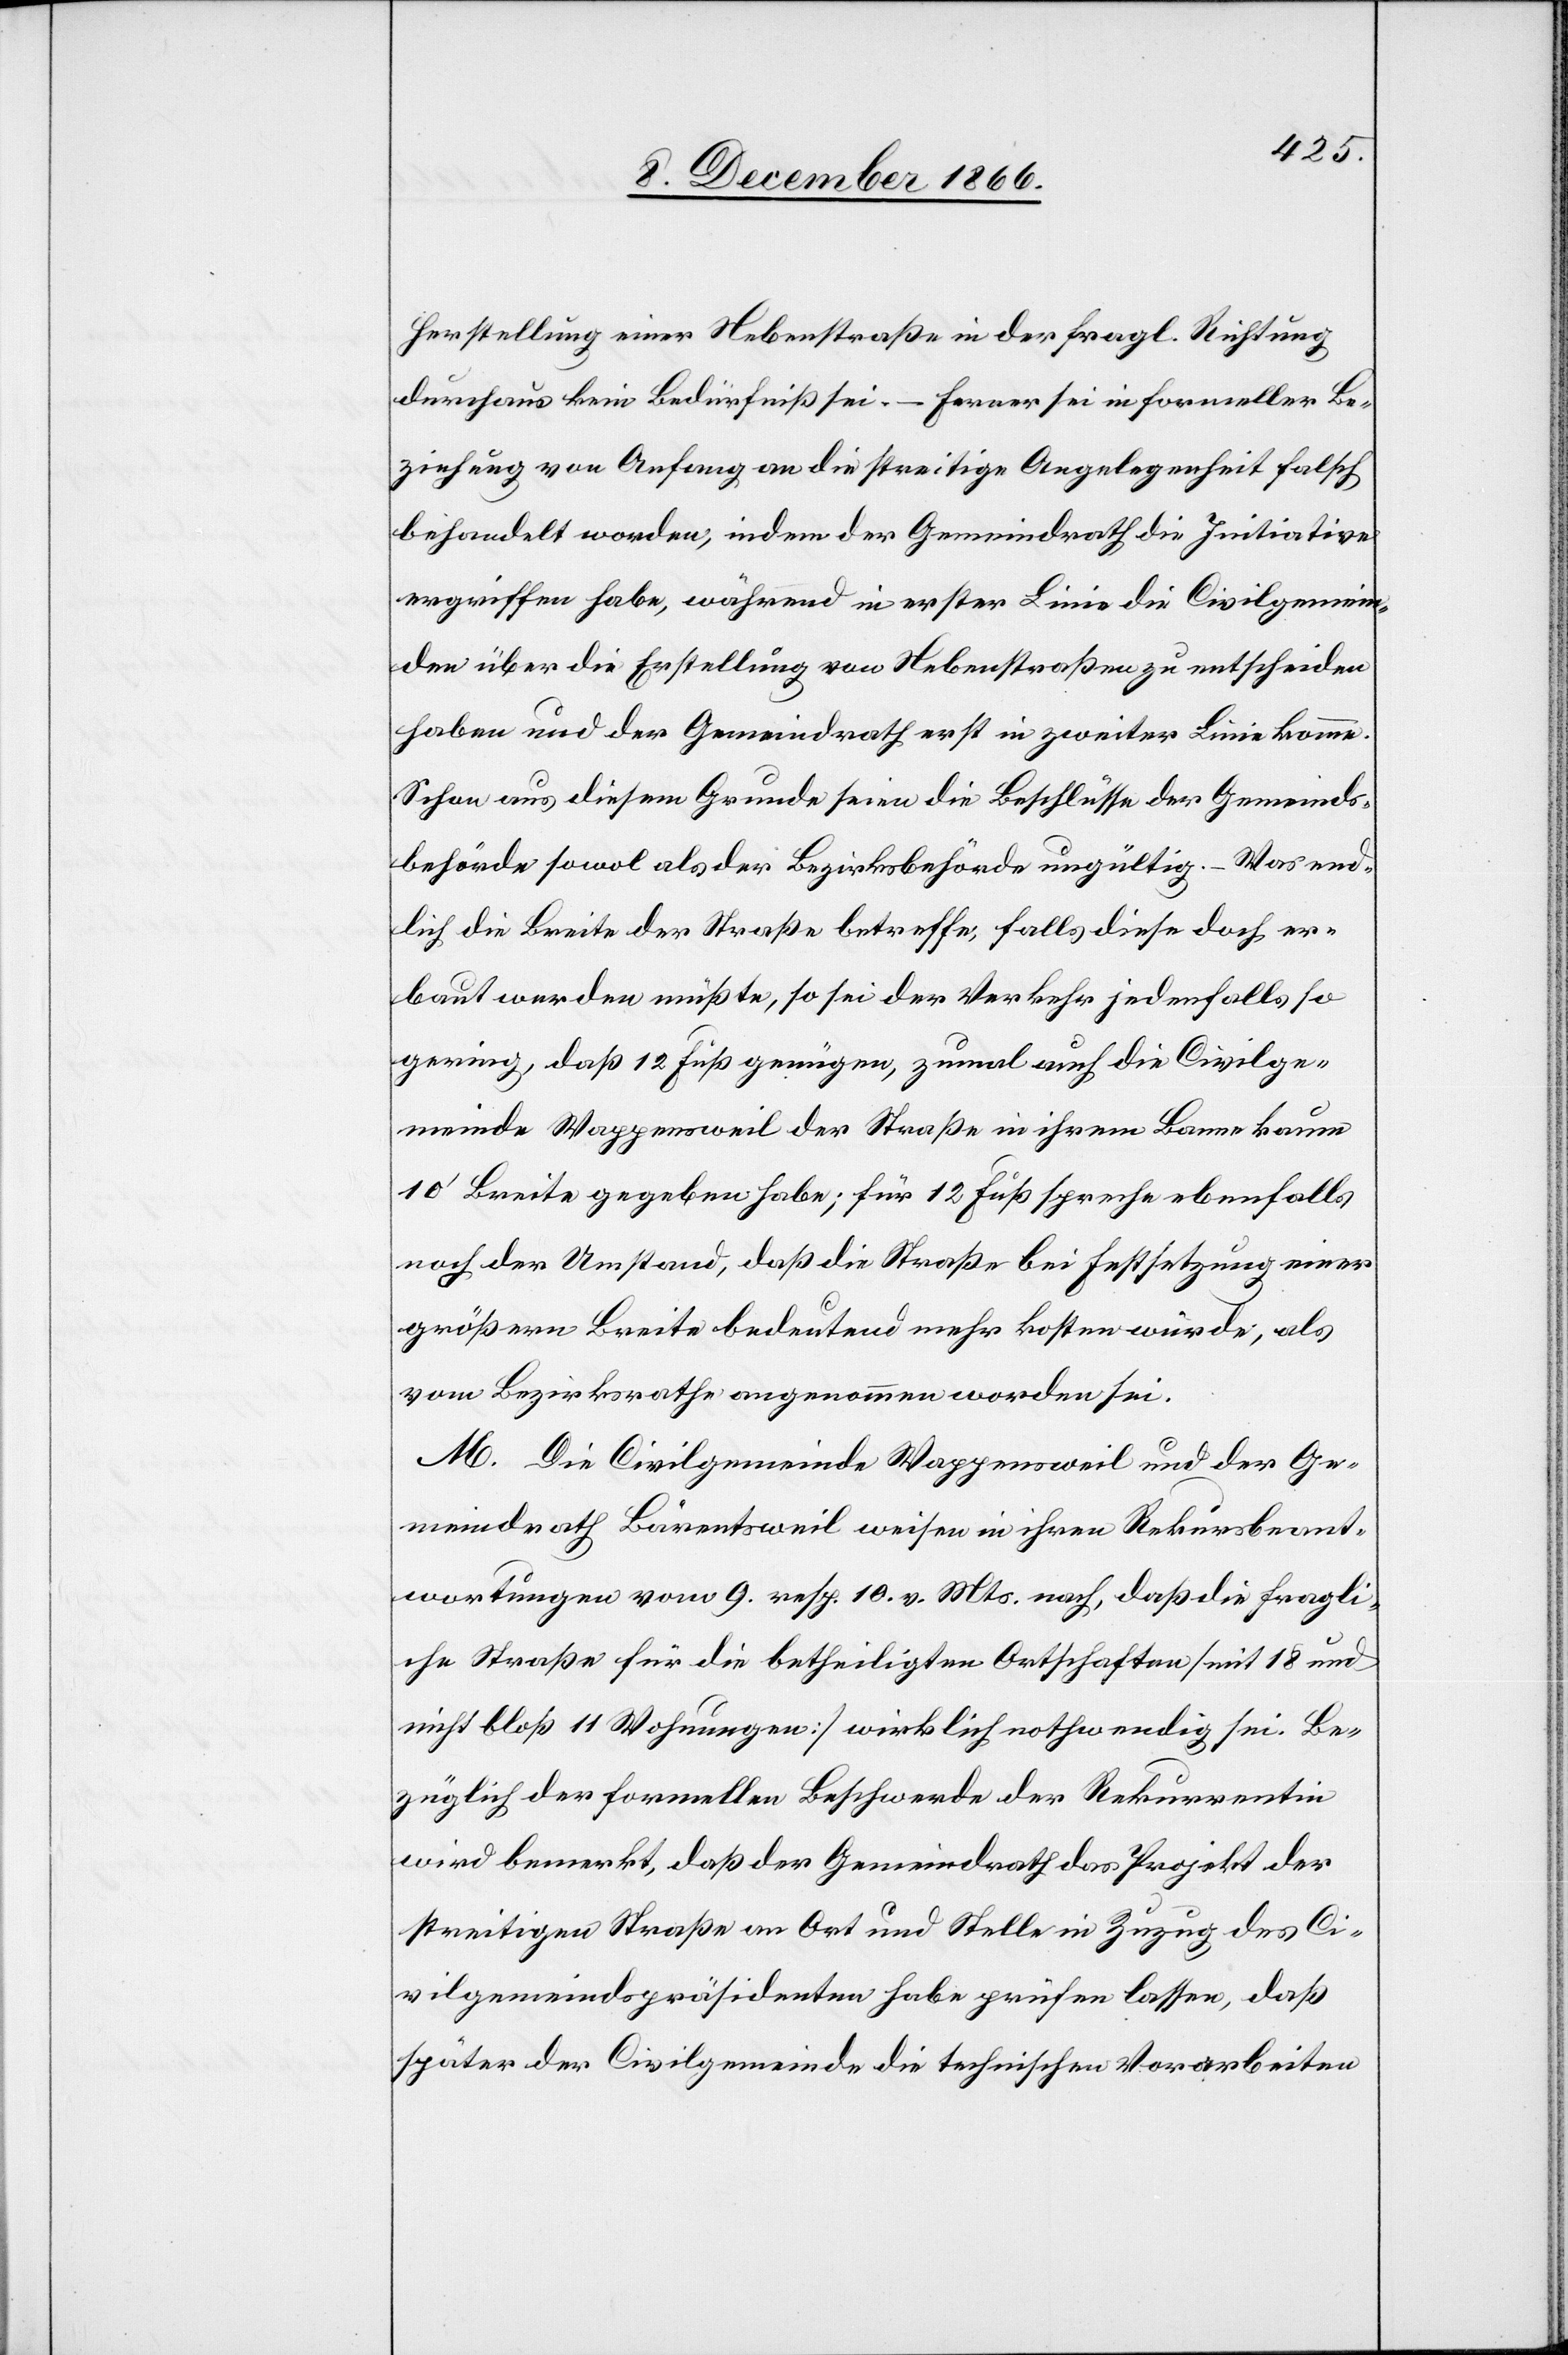
Herstellung einer Nebenstraße in der fragl. Richtung
durchaus kein Bedürfniß sei. – Ferner sei in formeller Be¬
ziehung von Anfang an die streitige Angelegenheit falsch
behandelt worden, indem der Gemeindrath die Initiative
ergriffen habe, während in erster Linie die Civilgemein¬
den über die Erstellung von Nebenstraßen zu entscheiden
haben und der Gemeindrath erst in zweiter Linie komme.
Schon aus diesem Grunde seien die Beschlüsse der Gemeinds¬
behörde sowol als der Bezirksbehörde ungültig. – Was end¬
lich die Breite der Straße betreffe, falls diese doch er¬
baut werden müßte, so sei der Verkehr jedenfalls so
gering, daß 12 Fuß genügen, zumal auch die Civilge¬
meinde Wappensweil der Straße in ihrem Banne kaum
10‘ Breite gegeben habe; für 12 Fuß spreche ebenfalls
noch der Umstand, daß die Straße bei Festsetzung einer
größern Breite bedeutend mehr kosten würde, als
vom Bezirksrathe angenommen worden sei.
M. Die Civilgemeinde Wappensweil und der Ge¬
meindrath Bärentsweil weisen in ihren Rekursbeant¬
wortungen vom 9. resp. 10. v. Mts. nach, daß die fragli¬
che Straße für die betheiligten Ortschaften [mit 18 und
nicht bloß 11 Wohnungen] wirklich nothwendig sei. Be¬
züglich der formellen Beschwerde der Rekurrentin
wird bemerkt, daß der Gemeindrath das Projekt der
streitigen Straße an Ort und Stelle in Zuzug des Ci¬
vilgemeindspräsidenten habe prüfen lassen, daß
später der Civilgemeinde die technischen Vorarbeiten